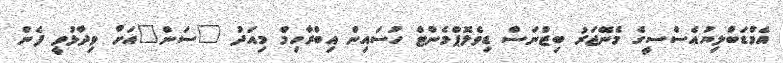
އެމްޑަބްލިޔުއެސްސީގެ މެނޭޖަރު ބިޒްނަސް ޑިވެލޮޕްމެންޓް ހުސައިން އިބްރާހިމް މިއަދު "ސަން"އަށް ވިދާޅުވީ ފެން